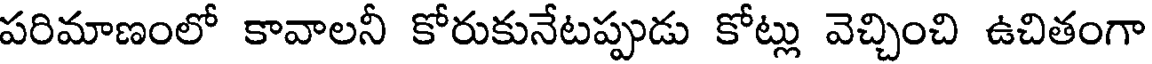
పరిమాణంలో కావాలనీ కోరుకునేటప్పుడు కోట్లు వెచ్చించి ఉచితంగా